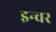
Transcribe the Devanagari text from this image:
इन्वर